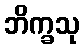
ဘိက္ခသု